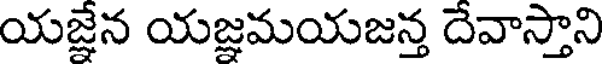
యజ్ఞేన యజ్ఞమయజన్త దేవాస్తాని